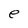
Character: e